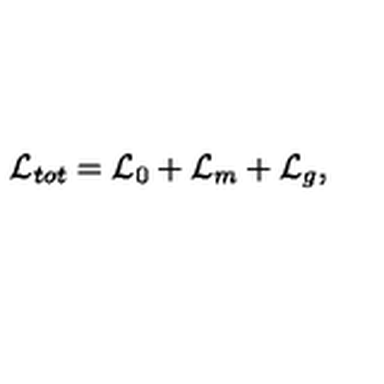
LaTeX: \mathcal { L } _ { t o t } = \mathcal { L } _ { 0 } + \mathcal { L } _ { m } + \mathcal { L } _ { g } ,